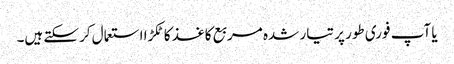
یا آپ فوری طور پر تیار شدہ مربع کاغذ کا ٹکڑا استعمال کرسکتے ہیں۔